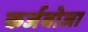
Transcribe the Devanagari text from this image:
कर्जबोजा